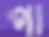
পা